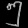
Digit: ၅